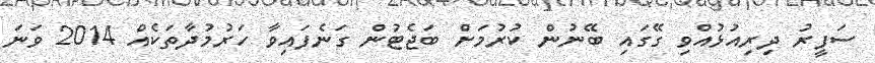
ސަފީރު ދިރިއުޅުއްވި ގޭގައި ބޭނުން ކުރުމަށް ބަޖެޓުން ގަނެފައިވާ ހަރުމުދާތަކެއް 2014 ވަނަ